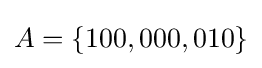
A=\{100,000,010\}